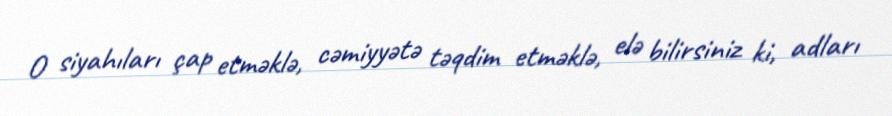
O siyahıları çap etməklə, cəmiyyətə təqdim etməklə, elə bilirsiniz ki, adları